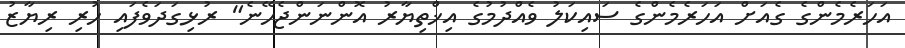
އަހަރެމެންގެ ގެއަށް އަހަރެމެންގެ ސައިކަލު ވެއްދުމުގެ އިޚްތިޔާރު އޮންނަންޖެހޭނެ" ރުޅިގަދަވެފައި ހުރި ރިޔާޒު